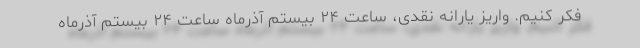
فکر کنیم. واریز یارانه نقدی، ساعت ۲۴ بیستم آذرماه ساعت ۲۴ بیستم آذرماه